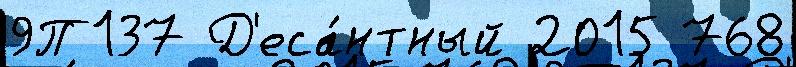
9П137 Д'еса́нтный 2015 768